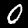
Label: 0